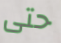
حتى